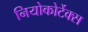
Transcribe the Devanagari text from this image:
नियोकोर्टेक्स